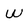
Character: W